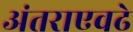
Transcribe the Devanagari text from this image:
अंतराएवढे